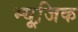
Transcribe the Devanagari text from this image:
म्‍यूजि़क